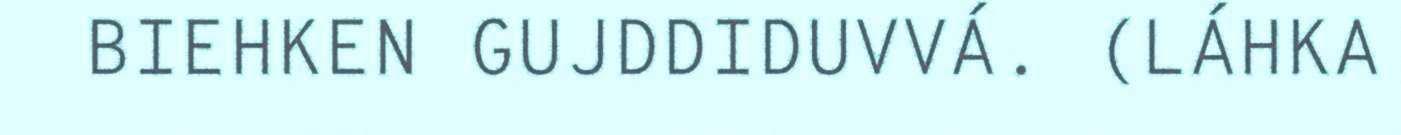
BIEHKEN GUJDDIDUVVÁ. (LÁHKA